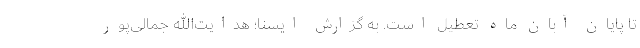
تا پایان آبان ماه تعطیل است. به گزارش ایسنا؛ هدایت‌الله جمالی‌پور